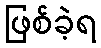
ဖြစ်ခဲ့ရ